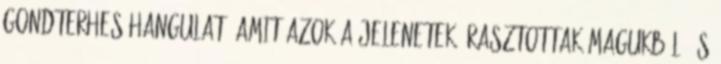
gondterhes hangulat, amit azok a jelenetek árasztottak magukból, és